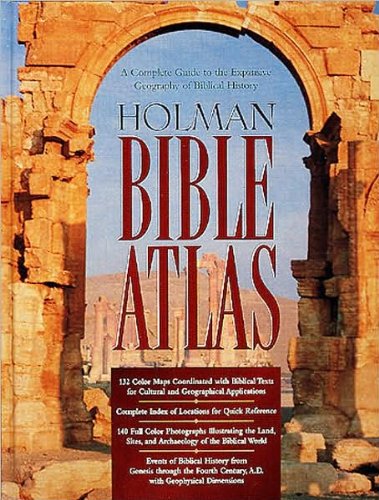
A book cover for T.V.Brisco'sHolman Bible Atlas(Holman Bible Atlas: A Complete Guide to the Expansive Geography of Biblical History (Broadman & Holman Reference) [Hardcover]1999); T.V.Brisco; Christian Books & Bibles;